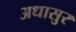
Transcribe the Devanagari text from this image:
अधासुर